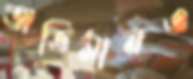
অভিমানও